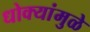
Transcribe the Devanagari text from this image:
धोक्यांमुळे